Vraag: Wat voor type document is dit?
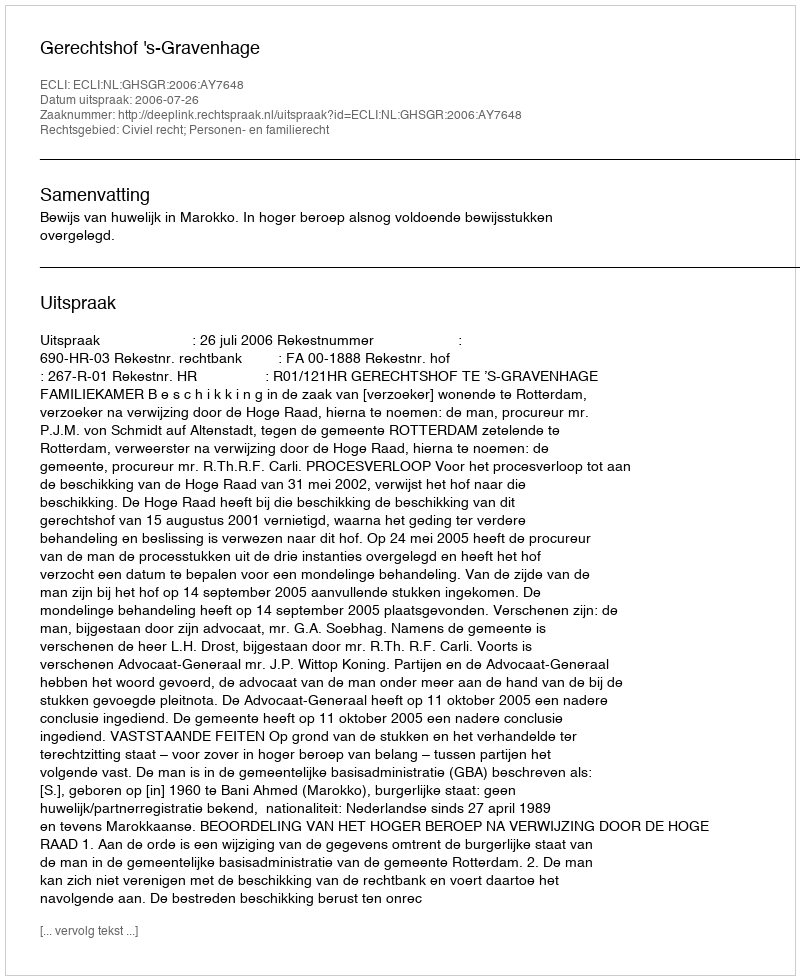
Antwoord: Uitspraak